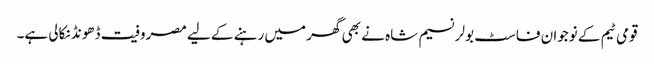
قومی ٹیم کے نوجوان فاسٹ بولر نسیم شاہ نے بھی گھر میں رہنے کے لیے مصروفیت ڈھونڈ نکالی ہے۔